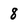
Character: 8